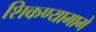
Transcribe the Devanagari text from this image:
शिकण्यामागे